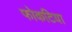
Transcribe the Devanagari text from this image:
फोकटिया